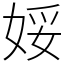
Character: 娞